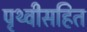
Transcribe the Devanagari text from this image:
पृथ्वीसहित